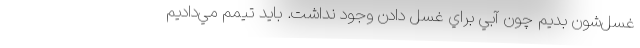
غسل‌شون بديم چون آبي براي غسل دادن وجود نداشت. بايد تيمم مي‌داديم